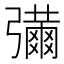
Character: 𢐶